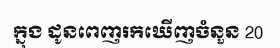
ក្នុង ដូនពេញរកឃើញចំនួន 20